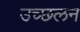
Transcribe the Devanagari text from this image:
उच्छलन